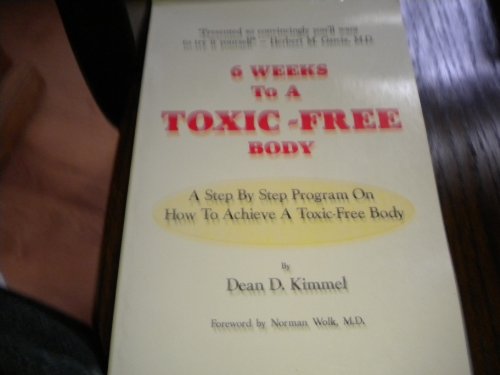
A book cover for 6 Weeks to a Toxic-Free Body: A Step by Step Program on How to Achieve a Toxic-Free Body; Dean D. Kimmel; Health, Fitness & Dieting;